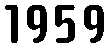
1959